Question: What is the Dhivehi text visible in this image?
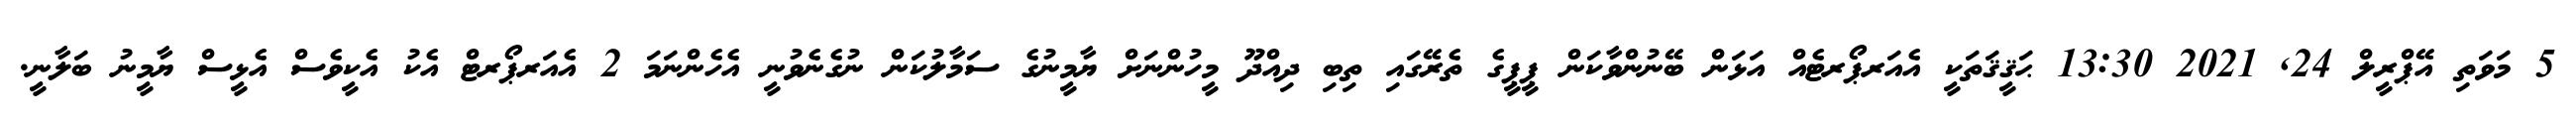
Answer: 5 މަވަތި އޭޕްރީލް 24, 2021 13:30 ޙަޤީޤަތަކީ އެއަރޕޯރޓެއް އަޅަން ބޭނުންވާކަން ޕީޕީގެ ތެރޭގައި ތިބި ދިއްދޫ މީހުންނަށް ޔާމީނުގެ ސަމާލުކަން ނުގެނެވުނީ އެހެންނަމަ 2 އެއަރޕޯރޓް އެކު އެކީވެސް އެޅީސް ޔާމީނު ބަލާނީ.